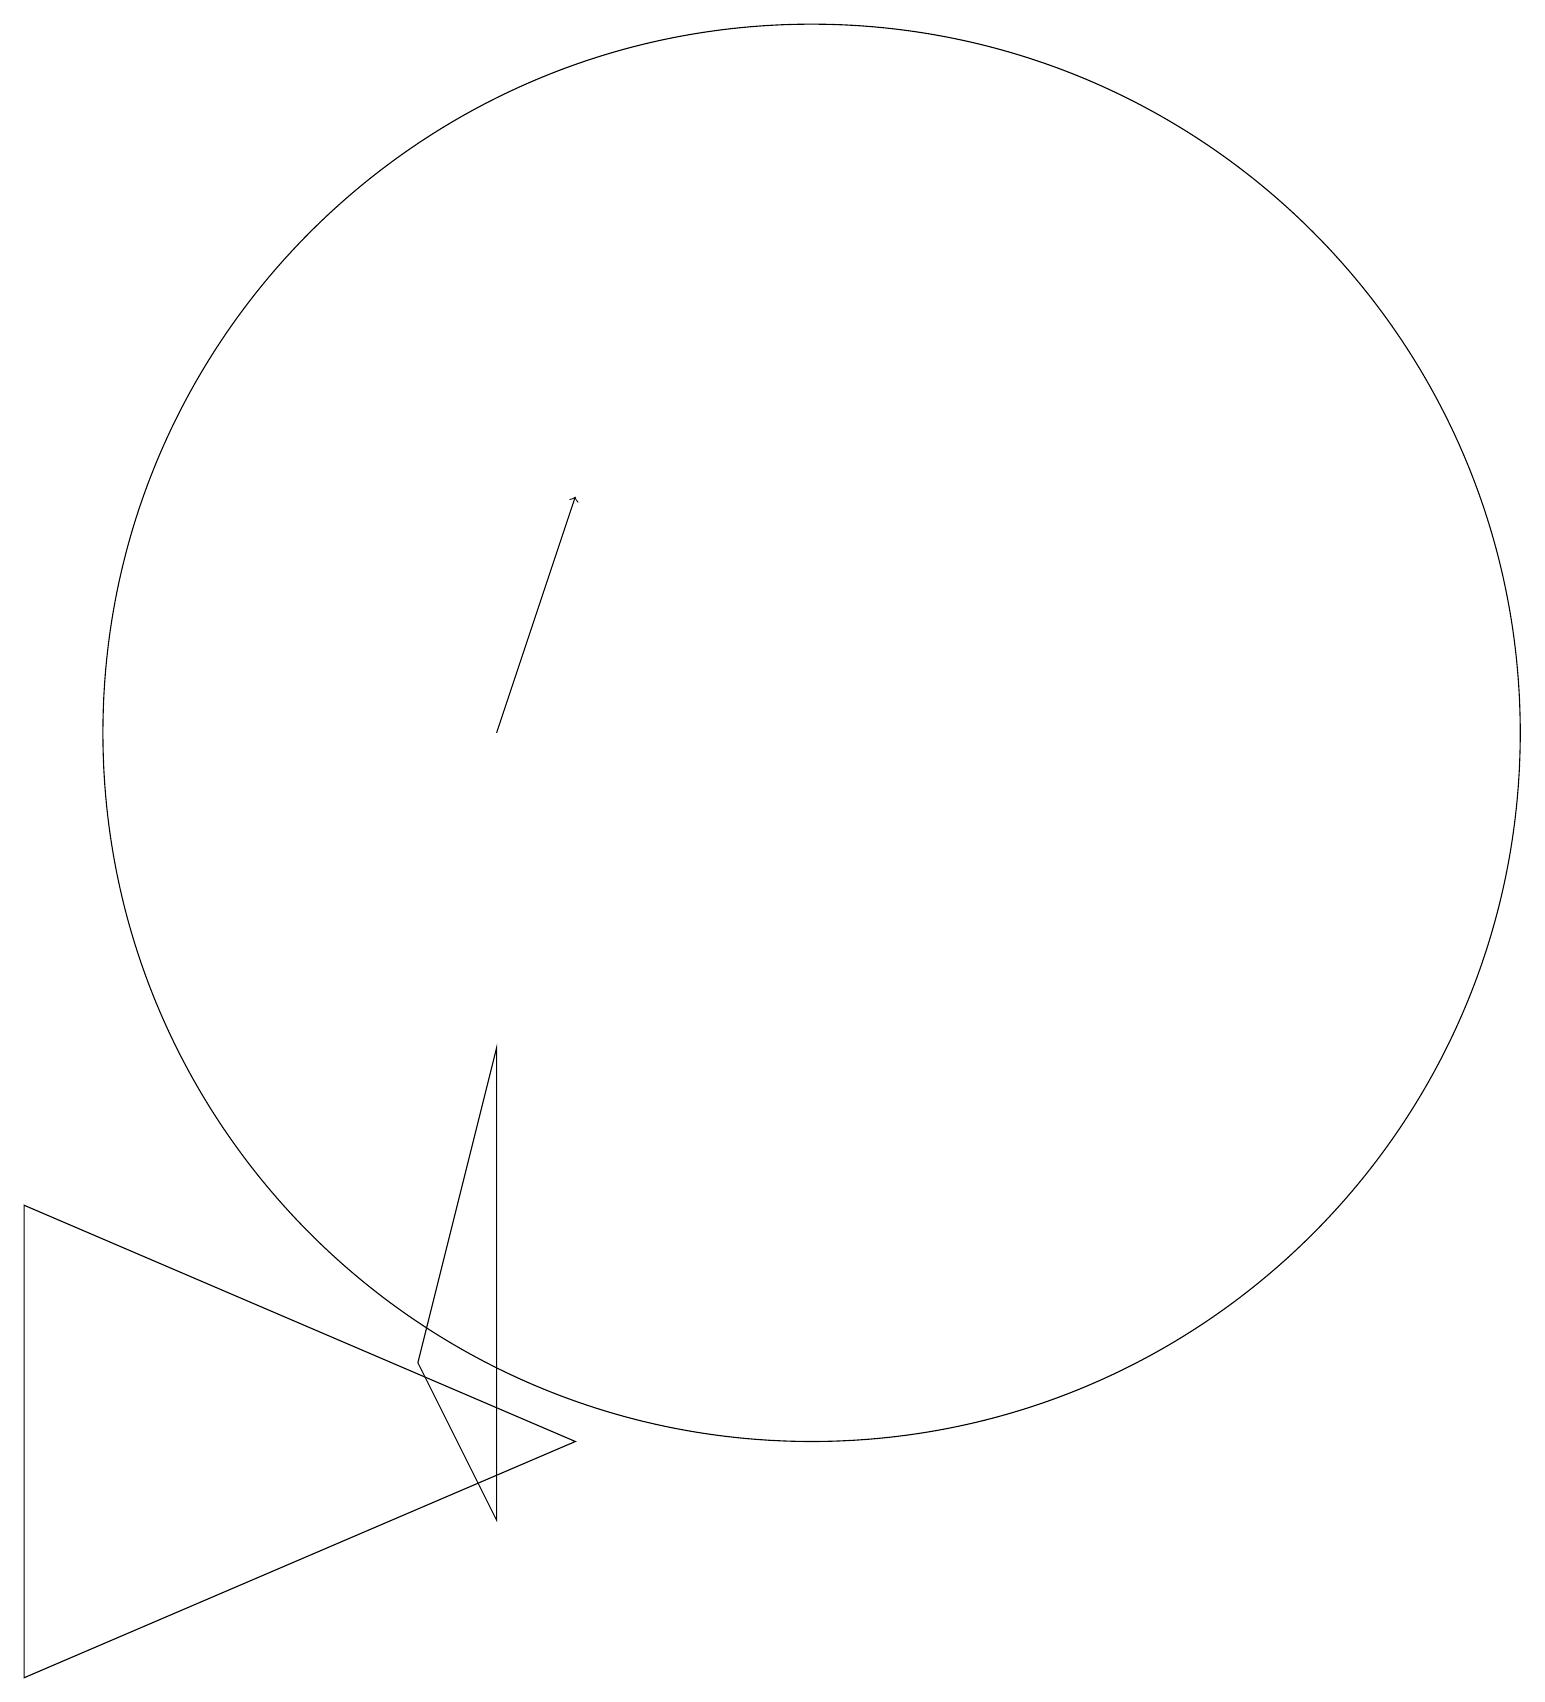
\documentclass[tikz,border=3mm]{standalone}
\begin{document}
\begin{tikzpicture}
\draw (0,6) -- (0,0) -- (7,3) -- cycle;
\draw (6,2) -- (6,8) -- (5,4) -- cycle;
\draw (10,12) circle (9);
\draw[->] (6,12) -- (7,15);
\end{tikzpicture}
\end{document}